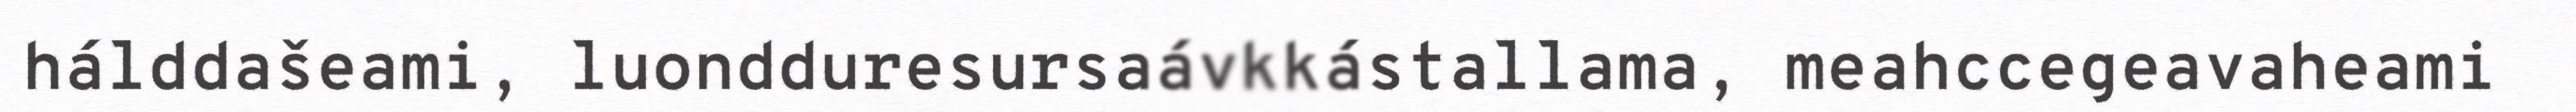
hálddašeami, luondduresursaávkkástallama, meahccegeavaheami